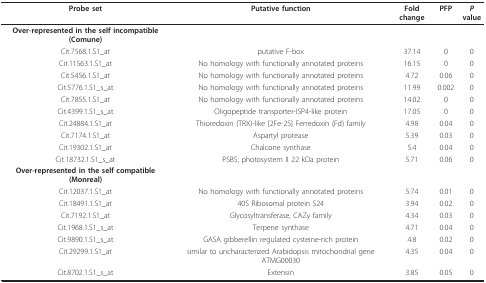
| Probe set | Putative function | Fold change | PFP | P value |
 | --- | --- | --- | --- | --- |
 | Over-represented in the self incompatible (Comune) |  |  |  |  |
 | Cit.7568.1.S1_at | putative F-box | 37.14 | 0 | 0 |
 | Cit.11563.1.S1_at | No homology with functionally annotated proteins | 16.15 | 0 | 0 |
 | Cit.5456.1.S1_at | No homology with functionally annotated proteins | 4.72 | 0.06 | 0 |
 | Cit.5776.1.S1_s_at | No homology with functionally annotated proteins | 11.99 | 0.002 | 0 |
 | Cit.7855.1.S1_at | No homology with functionally annotated proteins | 14.02 | 0 | 0 |
 | Cit.4399.1.S1_s_at | Oligopeptide transporter-ISP4-like protein | 17.05 | 0 | 0 |
 | Cit.24884.1.S1_at | Thioredoxin (TRX)-like [2Fe-2S] Ferredoxin (Fd) family | 4.98 | 0.04 | 0 |
 | Cit.7174.1.S1_at | Aspartyl protease | 5.39 | 0.03 | 0 |
 | Cit.19302.1.S1_at | Chalcone synthase | 5.4 | 0.04 | 0 |
 | Cit.18732.1.S1_s_at | PSBS; photosystem II 22 kDa protein | 5.71 | 0.06 | 0 |
 | Over-represented in the self compatible (Monreal) |  |  |  |  |
 | Cit.12037.1.S1_at | No homology with functionally annotated proteins | 5.74 | 0.01 | 0 |
 | Cit.18491.1.S1_at | 40S Ribosomal protein S24 | 3.94 | 0.02 | 0 |
 | Cit.7192.1.S1_at | Glycosyltransferase, CAZy family | 4.34 | 0.03 | 0 |
 | Cit.1968.1.S1_s_at | Terpene synthase | 4.71 | 0.04 | 0 |
 | Cit.9890.1.S1_s_at | GASA gibberellin regulated cysteine-rich protein | 4.8 | 0.02 | 0 |
 | Cit.29299.1.S1_at | similar to uncharacterized Arabidopsis mitochondrial gene ATMG00030 | 4.35 | 0.04 | 0 |
 | Cit.8702.1.S1_s_at | Extensin | 3.85 | 0.05 | 0 |